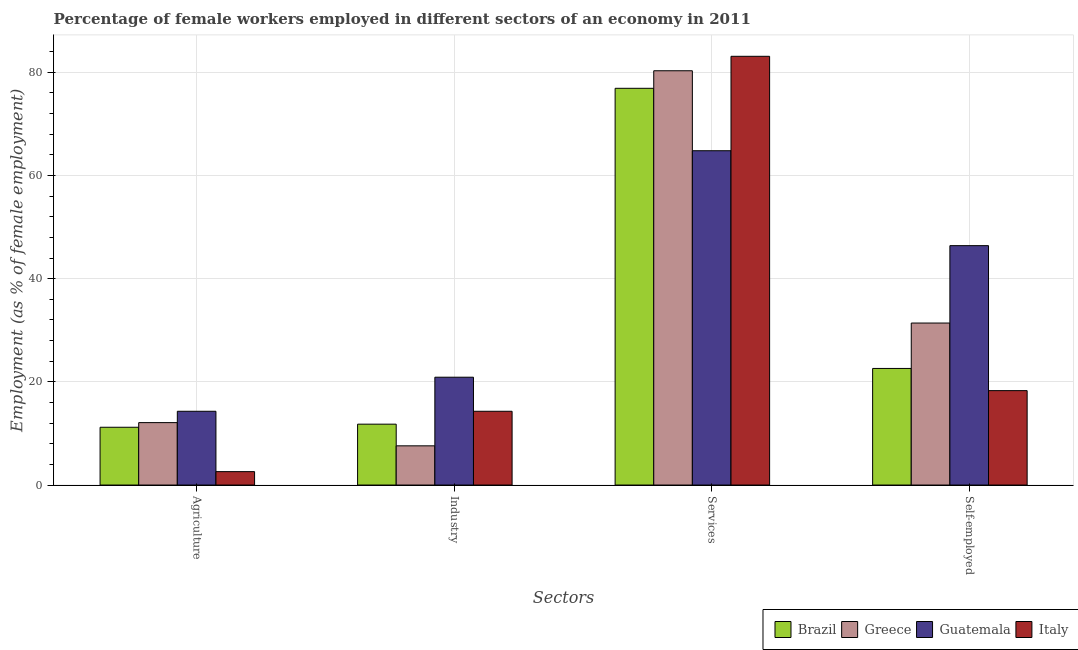
| Sectors | Brazil | Greece | Guatemala | Italy |
 | --- | --- | --- | --- | --- |
 | Agriculture | 11.2 | 12.1 | 14.3 | 2.6 |
 | Industry | 11.8 | 7.6 | 20.9 | 14.3 |
 | Services | 76.9 | 80.3 | 64.8 | 83.1 |
 | Self-employed | 22.6 | 31.4 | 46.4 | 18.3 |